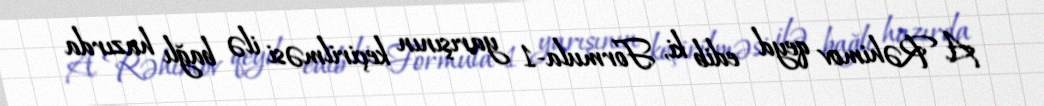
A. Rəhimov qeyd edib ki, Formula-1 yarışının keçirilməsi ilə bağlı hazırda